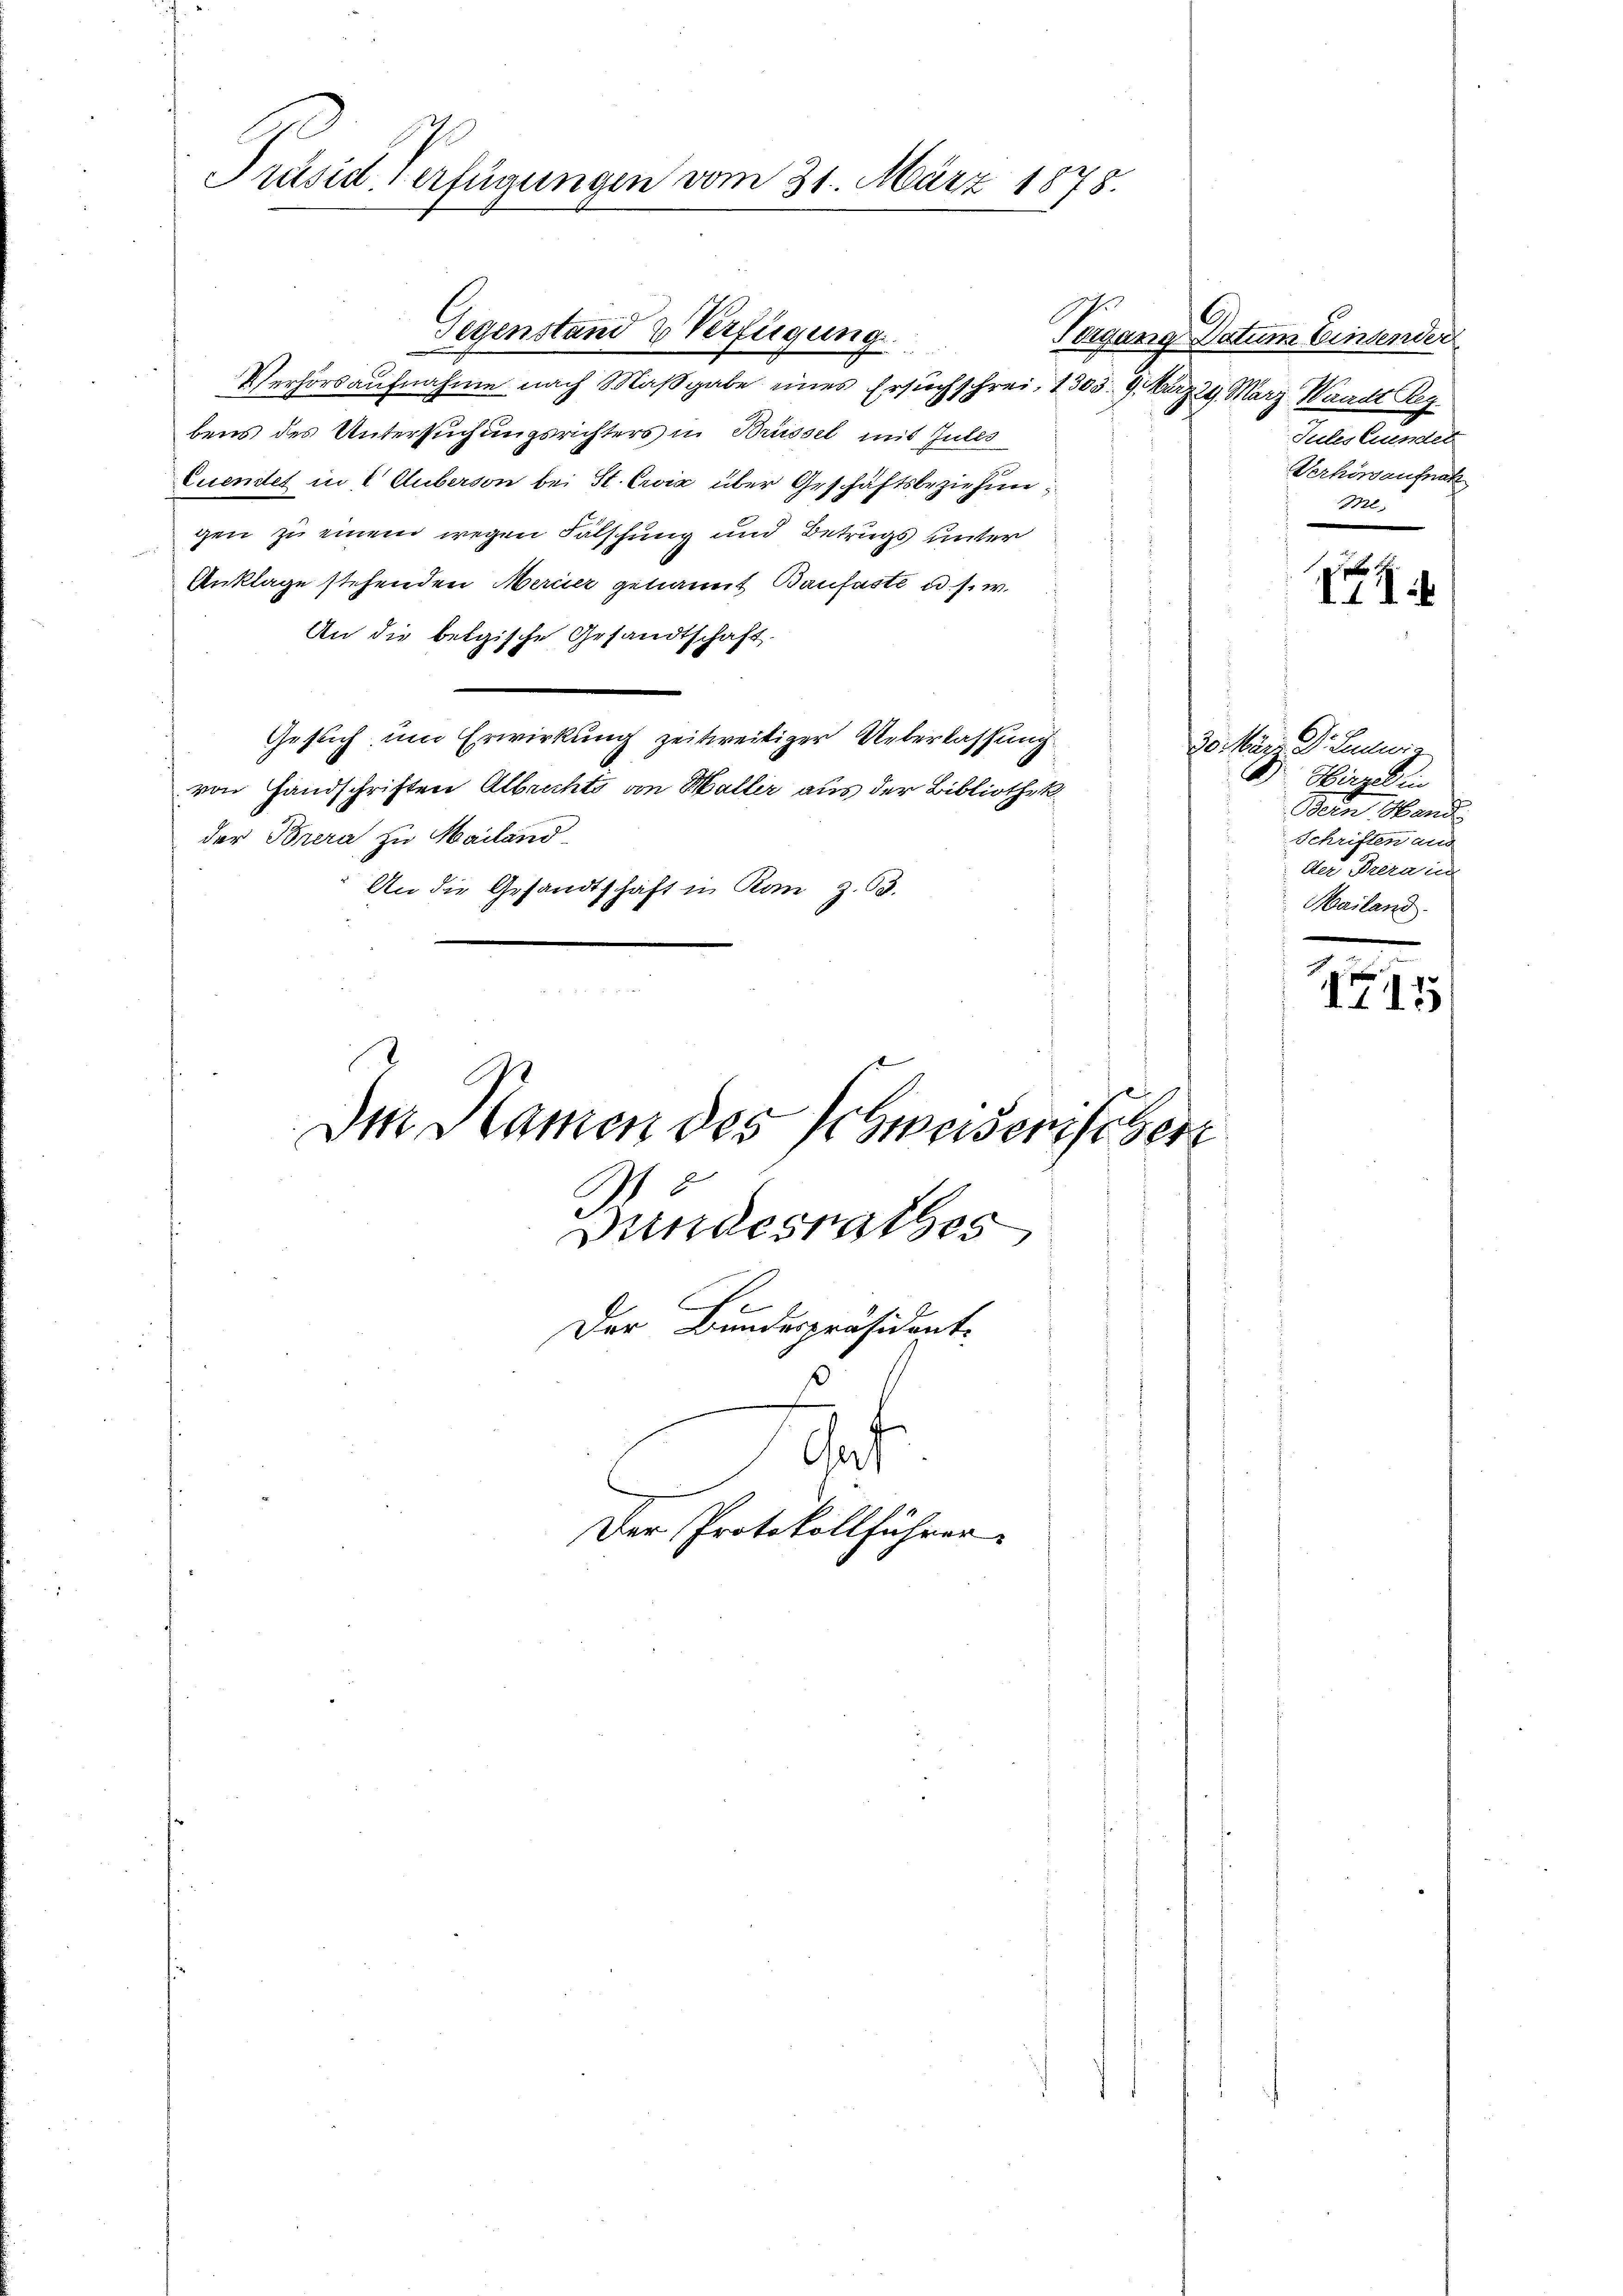
Präsid verfügungen vom 31. März 1878.

Verhörsaufnahme nach Maßgabe eines Ersuchschrei, 1303. 9. März 29 März Waadt Reg
bens des Untersuchungsrichters in Brüssel mit Julis
Euendet in 2 Guberson bei St. Crvić über Geschäftsbeziehun
gen zu einem wegen Fälschung und Betrugs unter
Anklage stehenden Merier genannt Baufaste u. s. w.
An die belgische Gesandtschaft.
Gesuch um Erwirkung zeitweitiger Ueberlassung
von Handschriften Albrechts von Waller aus der Bibliothek
der Brera zu Mailand
An die Gesandtschaft in Kan z. 65.

Gegenstand & Verfügung

Im Namen des Schweiserischer
8

Bundesrathes
Der Bundespräsident.

Gaf
Der Protokollführer

G

Vergang Datum Einsender
Jules Bunden
Verhörsaufnah
Ml.

111

30. März. Dr. Ludwig
D. Hirzeli
Bein Hande
Schriften aus
Der Prera in
Mailand.

7
115